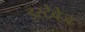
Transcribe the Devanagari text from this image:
इस्टेवेज